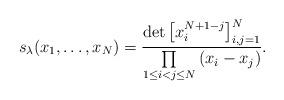
LaTeX: \begin{gather*}s_{\lambda}(x_1, \dots, x_N) = \frac{\det\big[x_i^{N+1-j}\big]_{i, j = 1}^N}{\prod\limits_{1\leq i < j \leq N}{(x_i - x_j)}}.\end{gather*}